Scientific memoirs by medical officers of the Army of India - Part IV,
Year: 1889
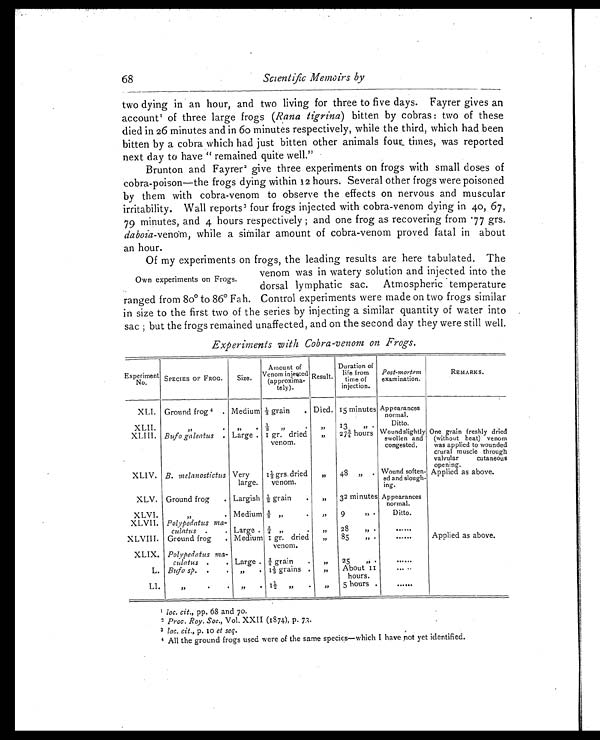
68
Scientific Memoirs by
two dying in an hour, and two living for three to five days. Fayrer gives an
account1 o f t h r e e l a r g e f r o g s
( R a n a t i g r i n a )
b i t t e n b y c o b r a s : t w o o f t h e s e
died in 26 minutes and in 60 minutes respectively, while the third, which had been
bitten by a cobra which had just bitten other animals four times, was reported
next day to have " remained quite well."
Brunton and Fayrer 2 give three experiments on frogs with small doses of
cobra-poison—the frogs dying within 12 hours. Several other frogs were poisoned
by them with cobra-venom to observe the effects on nervous and muscular
irritability. Wall reports 3 four frogs injected with cobra-venom dying in 40, 67,
79 minutes, and 4 hours respectively and one frog as recovering from . 77 grs.
daboia -venom, while a similar amount of cobra-venom proved fatal in about
an hour.
Of my experiments on frogs, the leading results are here tabulated. The
venom was in watery solution and injected into the
dorsal lymphatic sac. Atmospheric temperature
ranged from 80° to 86° Fah. Control experiments were made on two frogs similar
in size to the first two of the series by injecting a similar quantity of water into
sac ; but the frogs remained unaffected, and on the second day they were still well.
Experiments with Cobra-venom on Frogs.
Experimen t
No.
SPECIES OF FROG.
Size.
Amount of
Venom injected
(approxima-
tely).
R e s u l t .
Duration of
life
life from
time of
injection.
Post-mortem
examination.
REMARKS.
XLI. Ground frog 4 . Medium
1 / 3
g r a i n
. Died. 15 minutes Appearances
normal.
XLII.
, ,
,, •
1/ 3 ,,
.
, ,
13
,, .
Ditto.
XLIII. Bufo galeatus . Large • 1 gr. dried
venom.
,,
27¾ hours Wound slightly
swollen and
congested.
One grain freshly dried
(without heat) venom
was applied to wounded
crural muscle through
valvular cutaneous
o p e n i n g .
XLIV. B. melanostictus Very
large.
1½ grs. dried
venom.
„
48 „ . Wound soften-
ed and slough-
ing.
A p p l i e d a s a b o v e .
XLV. Ground frog
. Largish
½ , g r a i n
. „
32 minutes Appearances
normal.
XLVI.
,,
Medium
5 / 8
„ •
,,
9
, ,, •
Ditto.
XLVII. Polypedatus ma-
culatus .
. Large . ¾ „
.
, ,
28
„ .
.....
XLVIII. Ground frog
. Medium 1 gr. dried
venom.
„
85
„
......
Applied as above.
XLIX. Polypedatus ma-
culatus .
. Large . ¾ grain
. ,,
25
,, .
......
L. Bufo sp. .
.
„
.
1 1 / 3 g r a i n s
. „
About
11
hours.
... . .
LI
,,
•
•
„
•
1½ „
.
„
5 hours .
......
1 l o c . c i t . , p p . 6 8 a n d 7 0 .
2 Proc . Roy. Soc. , Vol . XXII (1874), p. 73.
3 loc. cit., p. 10 et seq.
4 All the ground frogs used were of the same species—which I have not yet identified.
Own experiments on Frogs.